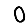
Digit: 0